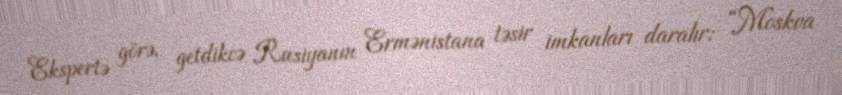
Ekspertə görə, getdikcə Rusiyanın Ermənistana təsir imkanları daralır: “Moskva